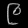
Digit: ၉